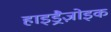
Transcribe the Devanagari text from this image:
हाइड्रैज़ोइक